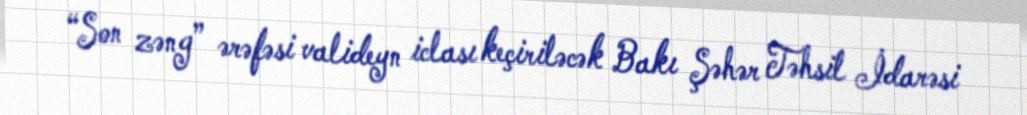
“Son zəng” ərəfəsi valideyn iclası keçiriləcək Bakı Şəhər Təhsil İdarəsi